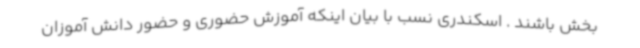
بخش باشند . اسکندری نسب با بیان اینکه آموزش حضوری و حضور دانش آموزان